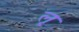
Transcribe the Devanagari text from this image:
लृ्